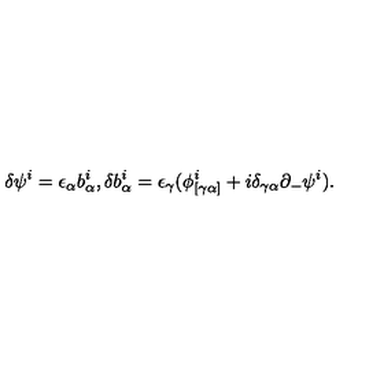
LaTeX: \delta \psi ^ { i } = \epsilon _ { \alpha } b _ { \alpha } ^ { i } , \delta b _ { \alpha } ^ { i } = \epsilon _ { \gamma } ( \phi _ { [ \gamma \alpha ] } ^ { i } + i \delta _ { \gamma \alpha } \partial _ { - } \psi ^ { i } ) .